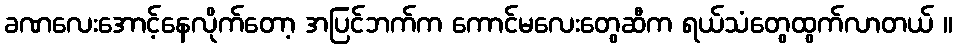
ခဏလေးအောင့်နေလိုက်တော့ အပြင်ဘက်က ကောင်မလေးတွေဆီက ရယ်သံတွေထွက်လာတယ် ။